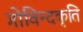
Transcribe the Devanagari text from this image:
गोविन्दकृति